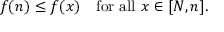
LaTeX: f ( n ) \leq f ( x ) \quad { \mathrm { f o r ~ a l l ~ } } x \in [ N , n ] .